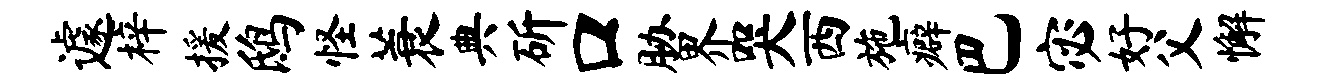
遽梓援鸱怪蓑典斫口胁界哭西施癖巴宓好父懈